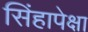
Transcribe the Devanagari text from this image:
सिंहापेक्षा